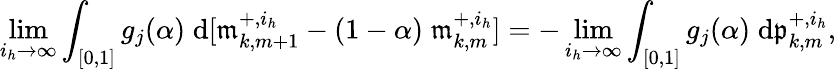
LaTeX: \operatorname*{lim}_{i_{h}\to\infty}\int_{[0,1]}g_{j}(\alpha)\; \mathrm{d}[\mathfrak{m}_{k,m+1}^{+,i_{h}}-(1-\alpha)\; \mathfrak{m}_{k,m}^{+,i_{h}}]=-\operatorname*{lim}_{i_{h}\to\infty}\int_{[0,1]}g_{j}(\alpha)\; \mathrm{d}\mathfrak{p}_{k,m}^{+,i_{h}},